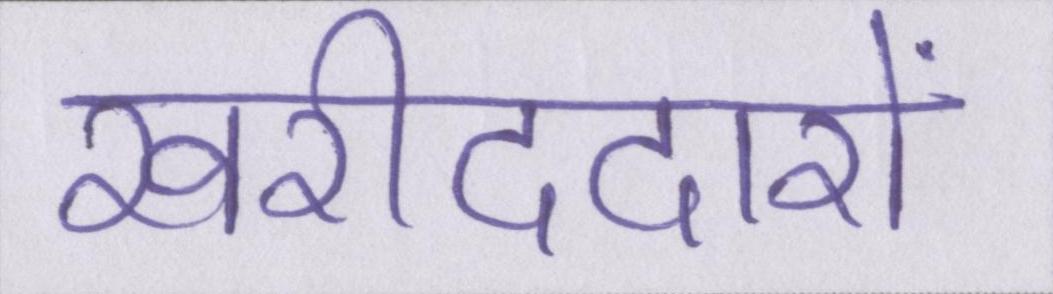
खरीददारों